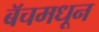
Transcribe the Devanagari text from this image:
बॅचमधून